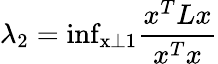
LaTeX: \lambda_{2}=\mathrm{inf_{x\perp\mathrm{1}}}\frac{x^{T}Lx}{x^{T}x}